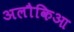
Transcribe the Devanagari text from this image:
अलौकिआ